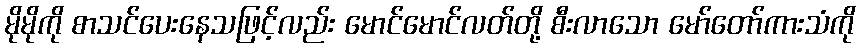
မိုမိုကို စာသင်ပေးနေသဖြင့်လည်း မောင်မောင်လတ်တို့ စီးလာသော မော်တော်ကားသံကို